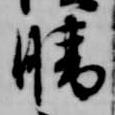
晴